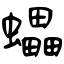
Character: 蠝